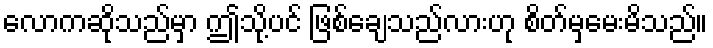
လောကဆိုသည်မှာ ဤသို့ပင် ဖြစ်ချေသည်လားဟု စိတ်မှမေးမိသည်။